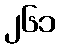
၂၆၁